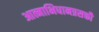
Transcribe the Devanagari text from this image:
आत्माभिधानप्रसक्तौ